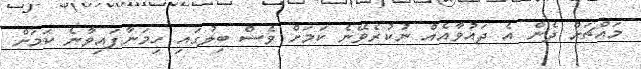
މައްޗަށް ދެން އެ ދައުވާއެއް ނުކުރެވޭނެ ކަމަށް ވެސް ބިލުގައި ހިމަނާފައިވާނެ ކަމަށް